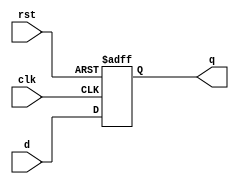
module dflipflop (q,d,clk,rst);
    output q;
    input clk,rst,d;
    reg q;
    always @(posedge rst or negedge clk) begin
        if(rst) begin
            q <= 1'b0;
        end
        else begin
            q <= d;
        end
    end
endmodule